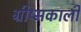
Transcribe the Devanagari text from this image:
ग्रीष्मकाली